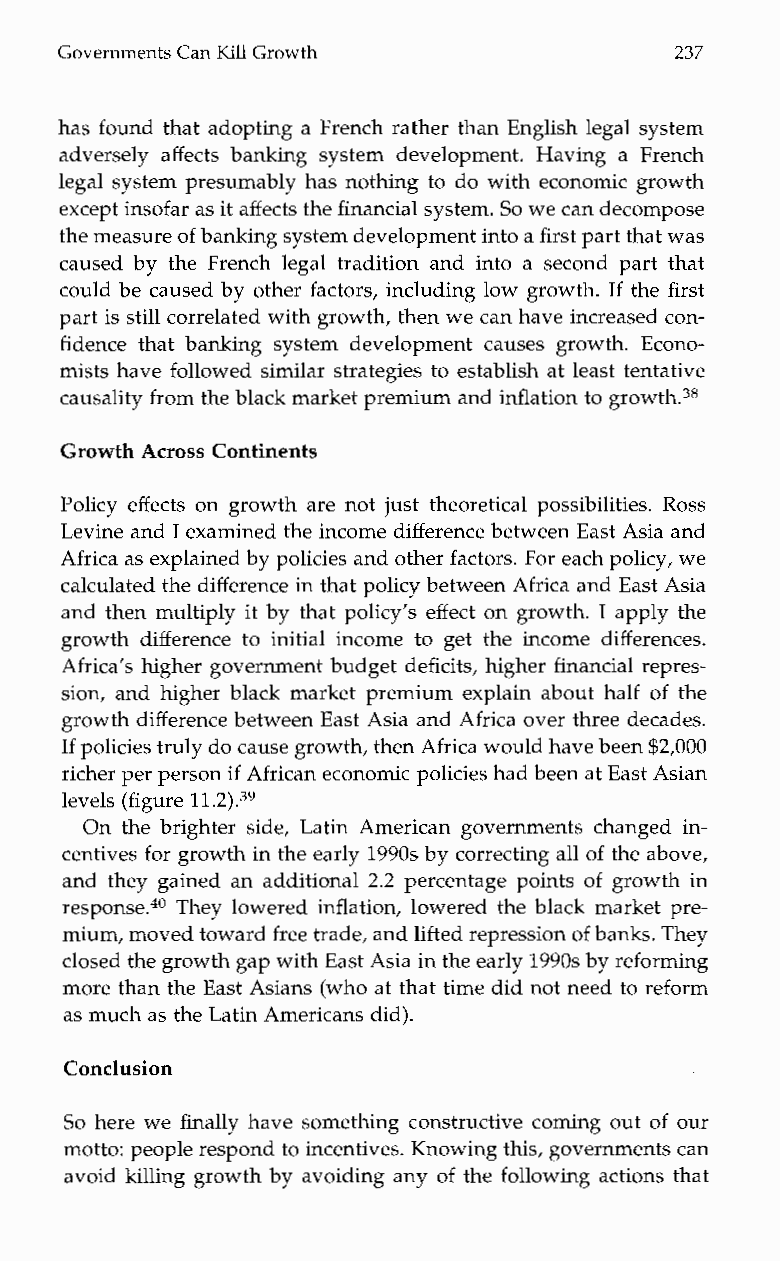
Governments Can Kill Growth              237
 has found that adopting a French rather than English legal system
 adversely affects bankings ystemd evelopment.H avinga French
 legal system presumably has nothing to do with economic growth
 except insofar as it affects the financial system. So we can decompose
 the measureo f banking system development intof i ras t part that was
 caused by the French legal tradition and into a second part that
 could be caused by other factors, including low growth. If the first
 part is still correlated with growth, then we can have increased con-
 fidence thatb ankings ystemd evelopment causes growth. Econo-
 mists have followed similar strategies to establish at least tentative
 causality from the black market premium andi nflation to
 Growth Across Continents
 Policy effects on growth are not just theoretical possibilities. Ross
 Levine and I examined the income difference betweenE ast Asia and
 Africa as explained by policies and other factors. For each policy, we
 calculated the difference in that policy between Africa and East Asia
 and then multiply it by that policy’s effect on growth. I apply the
 growth difference to initial income to get the income differences.
 Africa’s higher government budget deficits, higher financial repres-
 sion, and higher black market premium explain about half of the
 growth difference between East Asia and Africa over three decades.
 If policies truly doc ause growth, then Africa would haveb een $2,000
 richer per person if African economic policies had been at East Asian
 levels (figure ll.2).39
 On the brighter side, Latin American governments changed in-
 centives for growth in the early1 990s by correcting all of the above,
 and they gained an additional 2.2 percentage points of growth in
 response.40 They lowered inflation, lowered the black market pre-
 mium, moved towardf ree trade, and lifted repression of banks. They
 closed the growth gap withE ast Asia in the early1 990s by reforming
 more than the East Asians (who at that time did not need to reform
 as much as theL atin Americans did).
 Conclusion
 So here we finally have something constructive coming out of our
 motto: people respond toi ncentives. Knowing this, governments can
 avoid killing growth by avoiding any of the following actions that